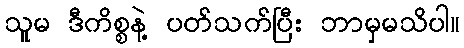
သူမ ဒီကိစ္စနဲ့ ပတ်သက်ပြီး ဘာမှမသိပါ။